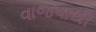
વાજપાયી